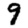
Digit: 9